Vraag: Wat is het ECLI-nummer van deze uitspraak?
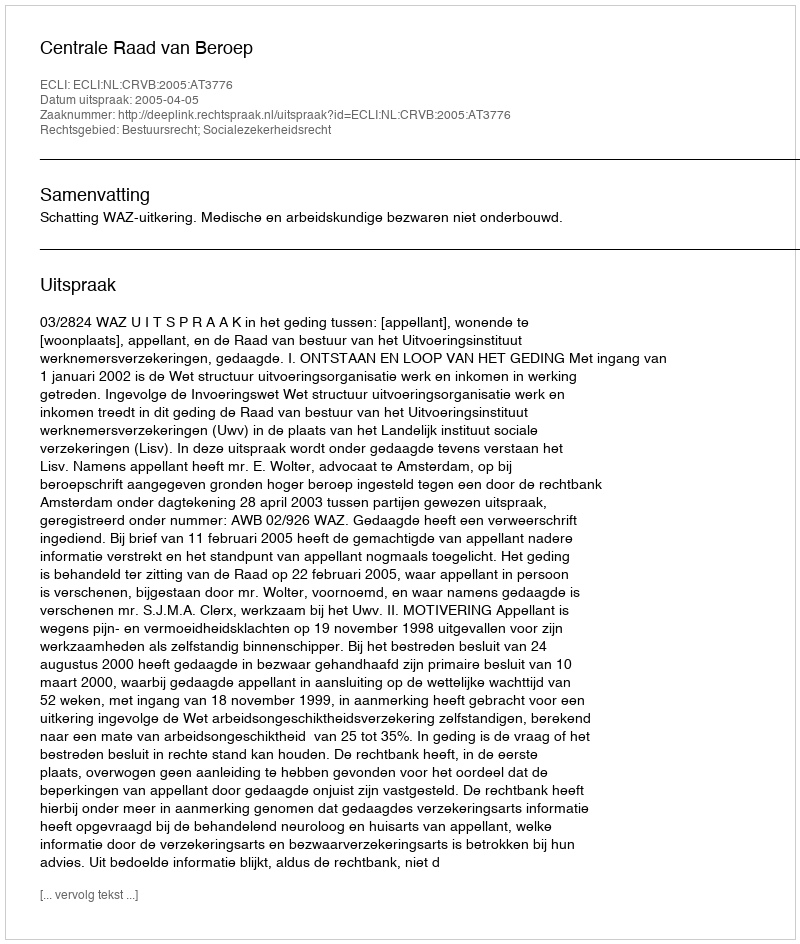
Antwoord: ECLI:NL:CRVB:2005:AT3776